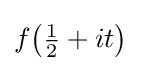
f{\bigl (}{\tfrac {1}{2}}+it{\bigr )}